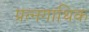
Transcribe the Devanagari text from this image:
प्रत्नगाथिक